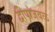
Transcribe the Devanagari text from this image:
द्वीपांजवळ